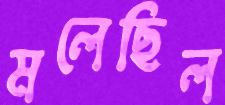
মলেছিল